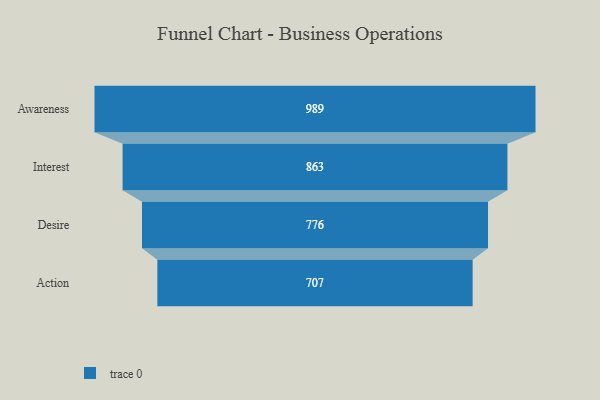
{"axis": {"x": "Stage", "y": "Value"}, "legend": [""], "data": [{"x": "Awareness", "y": 989.0, "type": ""}, {"x": "Interest", "y": 863.0, "type": ""}, {"x": "Desire", "y": 776.0, "type": ""}, {"x": "Action", "y": 707.0, "type": ""}]}